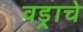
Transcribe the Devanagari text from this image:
वड्राचे